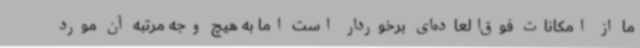
ما از امکانات فوق‌العاده‌ای برخوردار است اما به هیچ وجه مرتبه آن مورد